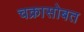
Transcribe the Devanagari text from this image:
चक्रासोबत